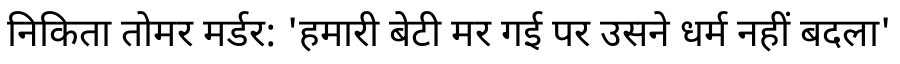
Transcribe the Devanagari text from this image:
निकिता तोमर मर्डर: 'हमारी बेटी मर गई पर उसने धर्म नहीं बदला'